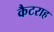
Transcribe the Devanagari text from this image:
कैटराह